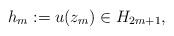
LaTeX: \begin{align*} h_{m} := u(z_{m}) \in H_{2m+1},\end{align*}